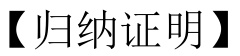
【归纳证明】